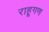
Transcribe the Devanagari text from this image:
राहूगण